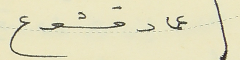
عماد قشوع